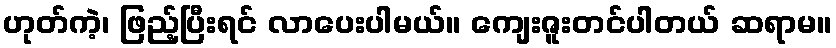
ဟုတ်ကဲ့၊ ဖြည့်ပြီးရင် လာပေးပါမယ်။ ကျေးဇူးတင်ပါတယ် ဆရာမ။